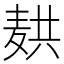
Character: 𬹆